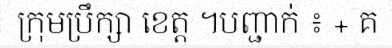
ក្រុមប្រឹក្សា ខេត្ត ។បញ្ជាក់ ៖ + គ